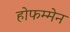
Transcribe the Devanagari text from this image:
होफम्मेन